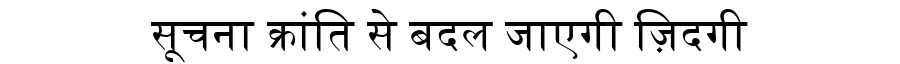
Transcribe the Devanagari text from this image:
सूचना क्रांति से बदल जाएगी ज़िदगी